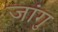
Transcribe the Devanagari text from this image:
जांगु